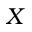
X